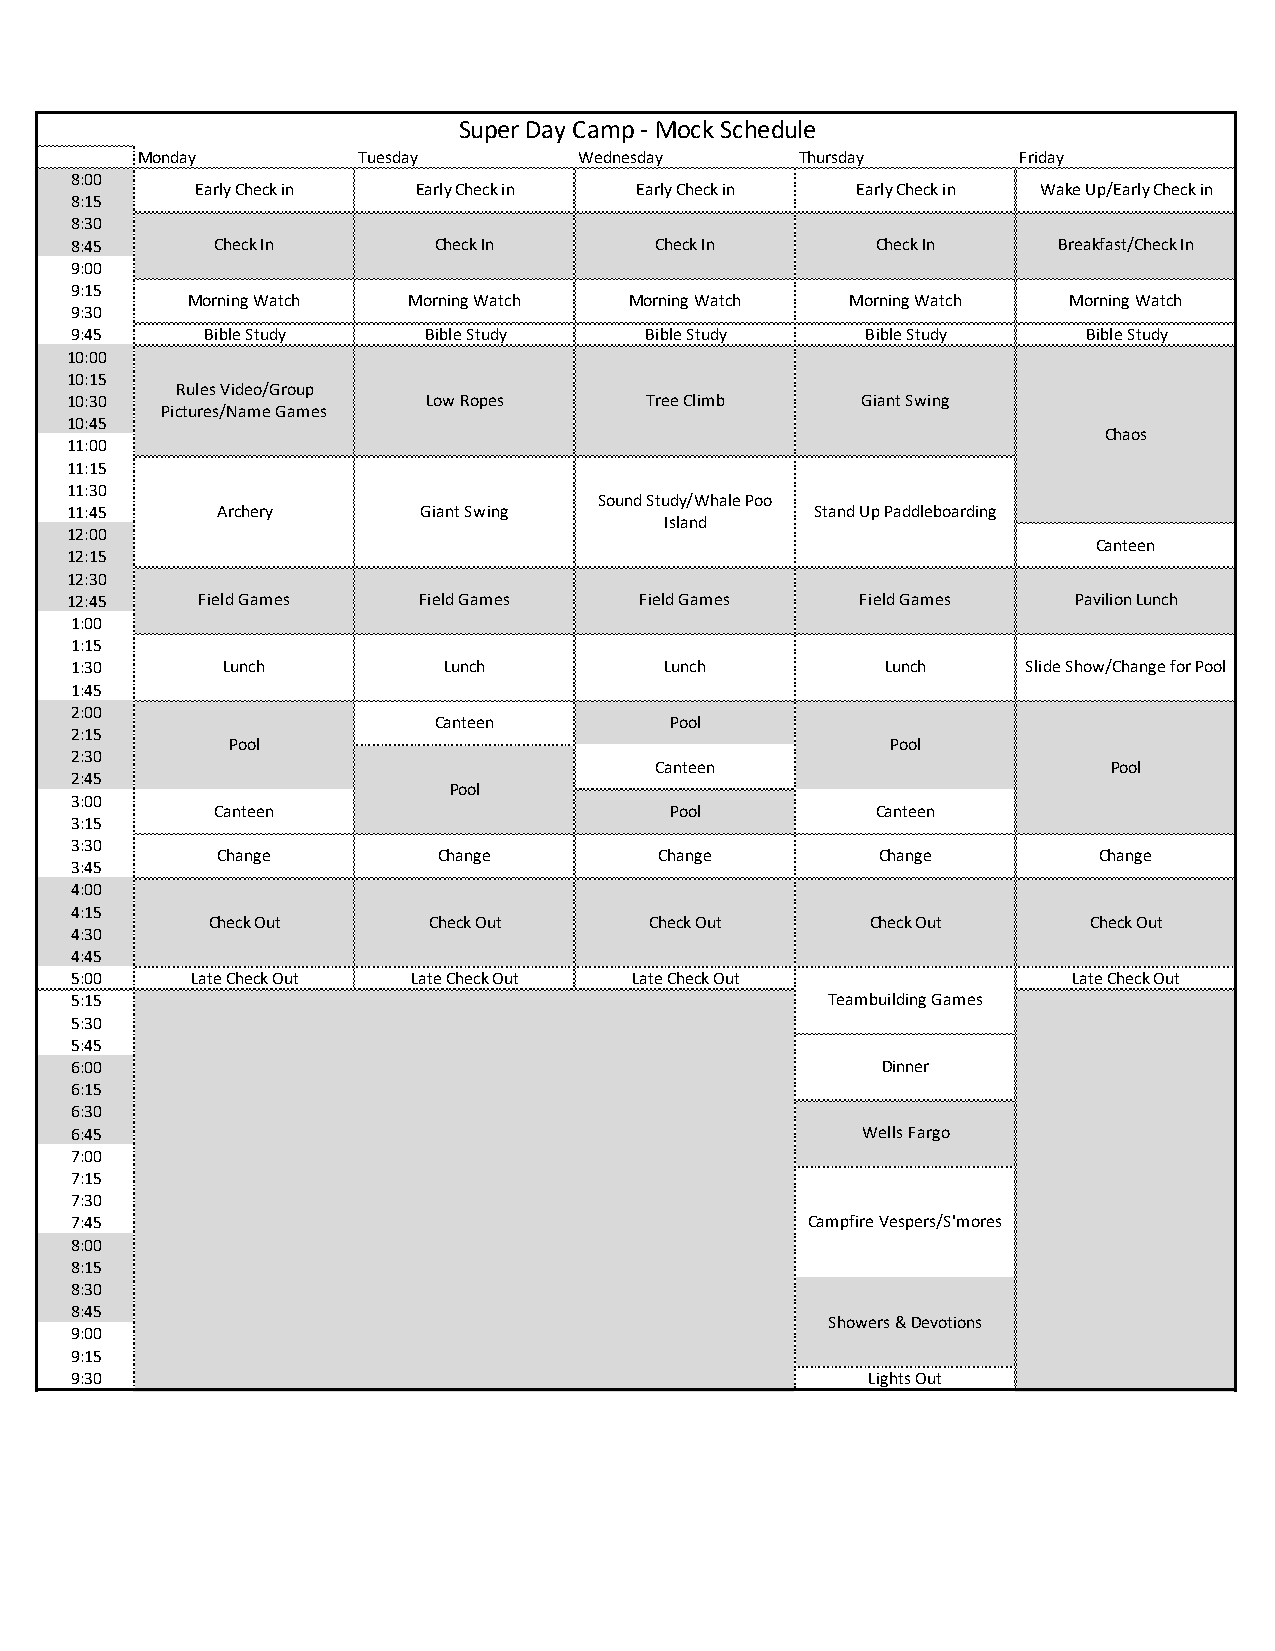
Super Day Camp - Mock Schedule
 Monday         Tuesday       Wednesday      Thursday      Friday
 8:00
 Early Check in Early Check in Early Check in Early Check in Wake Up/Early Check in
 8:15
 8:30
 8:45     Check In       Check In      Check In       Check In    Breakfast/Check In
 9:00
 9:15
 Morning Watch  Morning Watch  Morning Watch Morning Watch  Morning Watch
 9:30
 9:45     Bible Study   Bible Study    Bible Study   Bible Study    Bible Study
 10:00
 10:15
 Rules Video/Group
 10:30                   Low Ropes      Tree Climb    Giant Swing
 Pictures/Name Games
 10:45
 Chaos
 11:00
 11:15
 11:30
 Sound Study/Whale Poo
 11:45     Archery       Giant Swing               Stand Up Paddleboarding
 Island
 12:00
 Canteen
 12:15
 12:30
 12:45    Field Games    Field Games   Field Games    Field Games   Pavilion Lunch
 1:00
 1:15
 1:30      Lunch         Lunch          Lunch          Lunch    Slide Show/Change for Pool
 1:45
 2:00
 Canteen        Pool
 2:15
 Pool                                        Pool
 2:30
 Canteen                        Pool
 2:45
 Pool
 3:00
 Canteen                       Pool          Canteen
 3:15
 3:30
 Change         Change         Change        Change         Change
 3:45
 4:00
 4:15
 Check Out     Check Out      Check Out      Check Out     Check Out
 4:30
 4:45
 5:00    Late Check Out Late Check Out Late Check Out              Late Check Out
 5:15                                              Teambuilding Games
 5:30
 5:45
 6:00                                                 Dinner
 6:15
 6:30
 6:45                                                Wells Fargo
 7:00
 7:15
 7:30
 7:45                                            Campfire Vespers/S'mores
 8:00
 8:15
 8:30
 8:45
 Showers & Devotions
 9:00
 9:15
 9:30                                                Lights Out